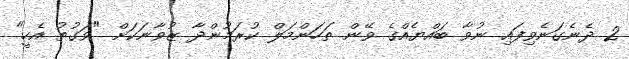
2 ދެނެގަނެވިފައި ނުވާ ބައްޔެއްގެ ވޭން ތަހަންމަލް ކުރަމުންދާ ޒުވާނަކަށް "ވަގުތު އެހީ"